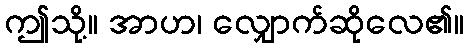
ဤသို့။ အာဟ၊ လျှောက်ဆိုလေ၏။